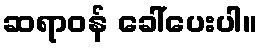
ဆရာဝန် ခေါ်ပေးပါ။